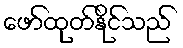
ဖော်ထုတ်နိုင်သည်